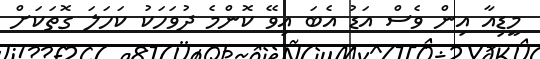
މީޑިއާ އިން ވެސް އަޑު އެބަ އިވޭ ކޮންމެ ދުވަހަކު ކަހަލަ ގޮތަކަށް